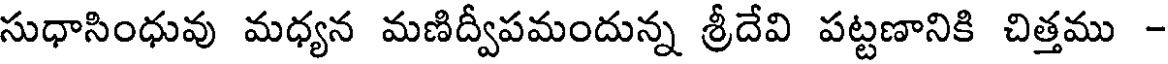
సుధాసింధువు మధ్యన మణిద్వీపమందున్న శ్రీదేవి పట్టణానికి చిత్తము -